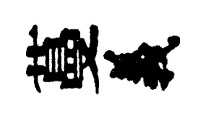
蔓義